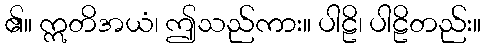
၏။ ဣတိအယံ၊ ဤသည်ကား။ ပါဠိ၊ ပါဠိတည်း။